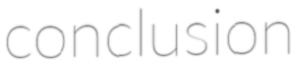
conclusion